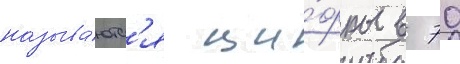
называ́ютс'я ци́фры в 70